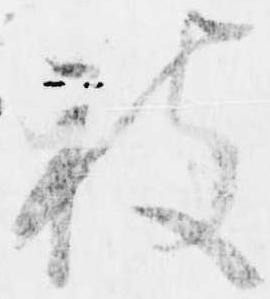
被